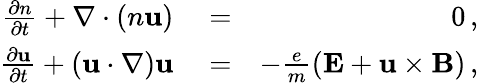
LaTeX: \begin{array}{rlr}{\frac{\partial n}{\partial t}+\nabla\cdot\left(n{\mathbf u}\right)}&{{}=}&{0\, ,}\\ {\frac{\partial{\mathbf u}}{\partial t}+\left({\mathbf u}\cdot\nabla\right){\mathbf u}}&{{}=}&{-\frac{e}{m}({\mathbf E}+{\mathbf u}\times{\mathbf B})\, ,}\end{array}